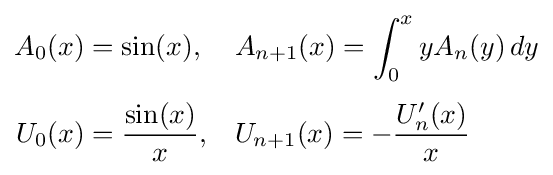
{\begin{aligned}A_{0}(x)&=\sin(x),&&A_{n+1}(x)=\int _{0}^{x}yA_{n}(y)\,dy\\[4pt]U_{0}(x)&={\frac {\sin(x)}{x}},&&U_{n+1}(x)=-{\frac {U_{n}'(x)}{x}}\end{aligned}}